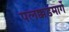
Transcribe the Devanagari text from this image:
पलक्कडमार्गे